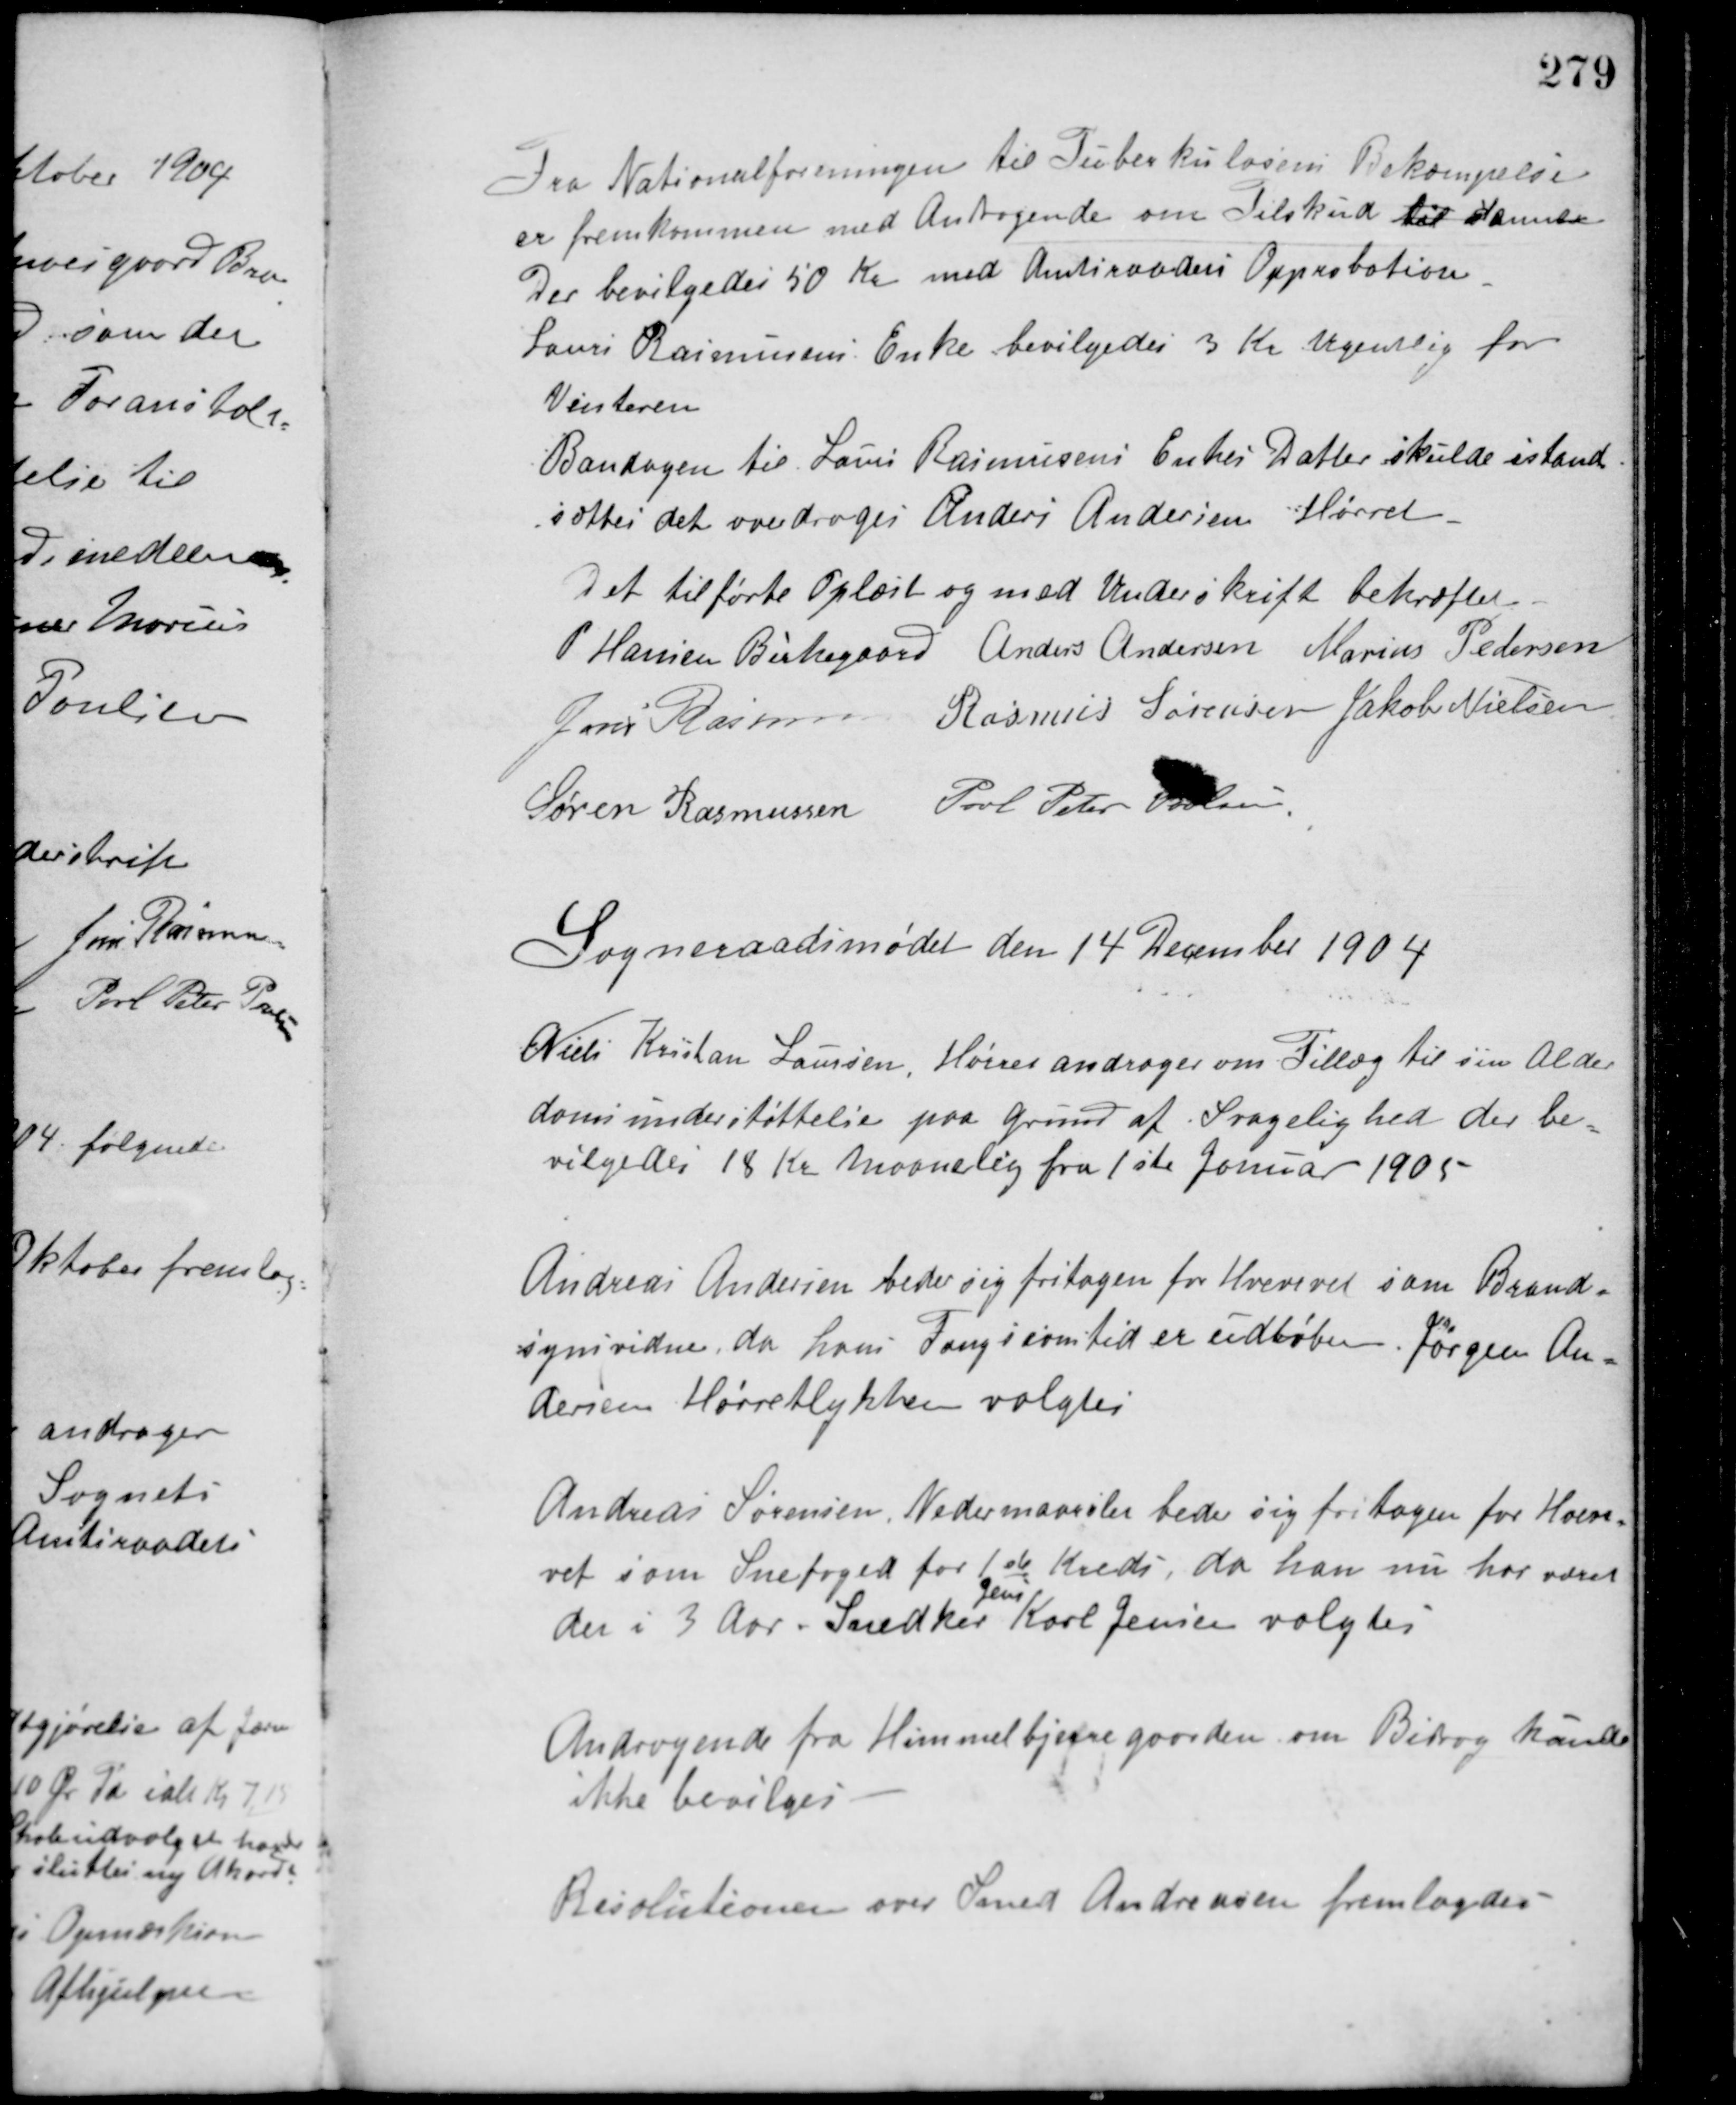
Transskription:
Fra Nationalforeningen til Tuberkulosens Bekæmpelse
er fremkommen med Andragende om Tilskud til samme.
Der bevilgedes 50 Kr. med Amtsraadets Approbation.
Laus Rasmussens Enke bevilgedes 3 Kr. ugentlig for
Vinteren.
Bandagen til Laus Rasmussens Enkes Datter skulde istand-
sættes det overdroges Anders Andersen Hørret.
Det tilførte Oplæst og med Underskrift bekræftet.
P. Hansen Birkegaard Anders Andersen Marius Pedersen
Jens Rasmussen Rasmus Sørensen Jakob Nielsen
Søren Rasmussen Poul Peter Poulsen
Sogneraadsmødet den 14 December 1904
Niels Kristan Laursen, Hørret andrager om Tillæg til sin Alder-
domsunderstøttelse paa Grund af Svagelighed der be-
vilgedes 18 Kr. Maanedlig fra 1ste Januar 1905
Andreas Andersen beder sig fritagen for Hvervet som Brand-
synsvidne, da hans Fungtionstid er udløben. Jørgen An-
dersen Hørretlykken valgtes.
Andreas Sørensen, Nedermaarslet beder sig fritagen for Hver-
vet som Snefoged for 1ste Kreds, da han nu har været
der i 3 Aar. Snedker
Jens
Karl Jensen valgtes.
Andragende fra Himmelbjerregaarden om Bidrag kunde
ikke bevilges.
Resolutionen over Smed Andreasen fremlagdes